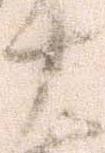
十